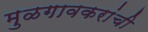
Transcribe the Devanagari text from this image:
मुळगावकरांची